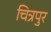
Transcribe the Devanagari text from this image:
चित्रपुर